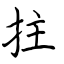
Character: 拄